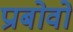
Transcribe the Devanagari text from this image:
प्राबोवो